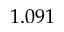
1 . 0 9 1